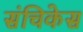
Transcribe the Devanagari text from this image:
संचिकेस